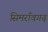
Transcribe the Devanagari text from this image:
सिमराँवगढ़